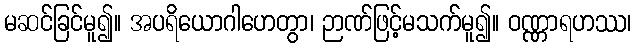
မဆင်ခြင်မူ၍။ အပရိယောဂါဟေတွာ၊ ဉာဏ်ဖြင့်မသက်မူ၍။ ဝဏ္ဏာရဟဿ၊